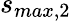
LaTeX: s_{max,2}